Vaccination in Burma 1920-1933 - 1920-1933
Year: 1920
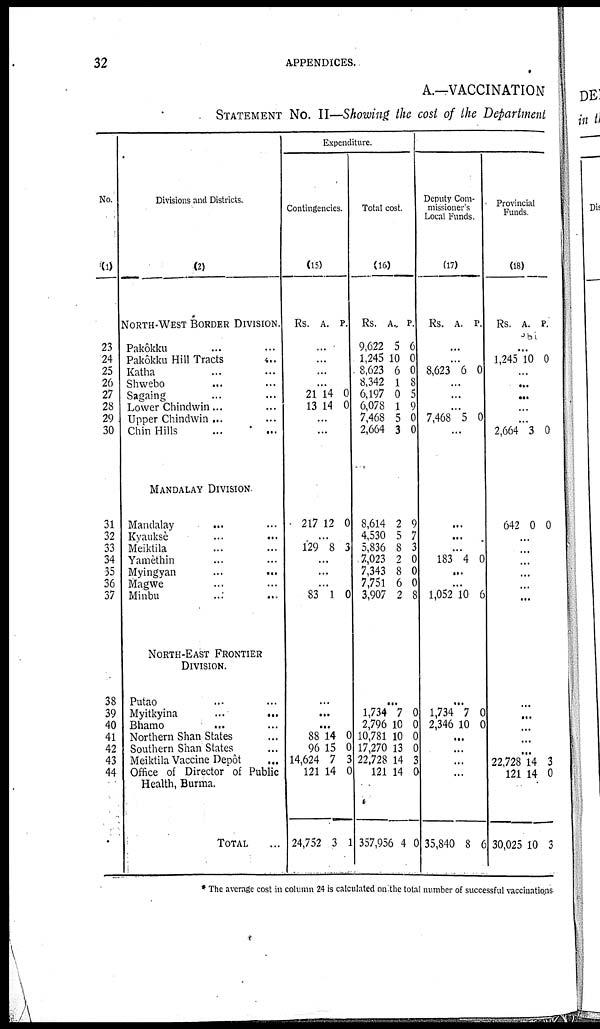
32
APPENDICES.
A.—VACCINATION
STATEMENT No. II—Showing the cost of the Department
No.
(1)
23
24
25
26
27
28
29
30
31
32
33
34
35
36
37
38
39
40
41
42
43
44
Divisions and Districts.
(2)
NORTH-WEST BORDER DIVISION.
Pakôkku ... ...
Pakôkku Hill Tracts ...
Katha ... ...
Shwebo ... ...
Sagaing ... ...
Lower Chindwin... ...
Upper Chindwin ... ...
Chin Hills ... ...
MANDALAY DIVISION.
Mandalay ... ...
Kyauksè ... ...
Meiktila ... ...
Yamèthin ... ...
Myingyan
...
...
Magwe ... ...
Minbu ... ...
NORTH-EAST FRONTIER
DIVISION.
Putao ... ...
Myitkyina
...
...
Bhamo
... ...
Northern Shan States ...
Southern Shan States ...
Meiktila Vaccine Depôt ...
Office of Director of Public
Health, Burma.
TOTAL ...
Expenditure.
Contingencies.
(15)
Rs. A. P.
...
...
...
...
21
13
14
14
0
0
...
...
217 12 0
...
129 8 3
...
...
...
83 1 0
...
...
...
88
96
14,624
121
24,752
14
15
7
14
3
0
0
3
0
1
Total cost.
(16)
Rs.
9,622
1,245
8,623
8,342
6,197
6,078
7,468
2,664
A.
5
10
6
1
0
1
5
3
P.
6
0
0
8
5
9
0
0
8,614
4,530
5,836
7,023
7,343
7,751
3,907
2
5
8
2
8
6
2
9
7
3
0
0
0
8
...
1,734
2,796
10,781
17,270
22,728
121
357,956
7
10
10
13
14
14
4
0
0
0
0
3
0
0
Deputy Com-
missioner's
Local Funds.
(17)
Rs. A. P.
...
...
8,623 6 0
...
...
...
7,468 5 0
...
...
...
...
183 4 0
...
...
1,052 10 6
...
1,734
2,346
7
10
0
0
...
...
...
...
35,840 8 6
Provincial
Funds.
(18)
Rs. A. P.
...
1,245 10 0
...
...
...
...
...
2,664 3 0
642 0 0
...
...
...
...
...
...
...
...
...
...
...
22,728
121
30,025
14
14
10
3
0
3
* The average cost in column 24 is calculated on the total number of successful vaccinations